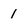
Character: 1